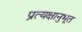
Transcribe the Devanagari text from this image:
प्रत्यक्षानुभूत